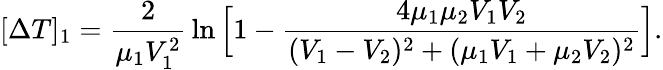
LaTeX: [\Delta T]_{1}={\frac{2}{\mu_{1}V_{1}^{2}}}\ln\Big[1-{\frac{4\mu_{1}\mu_{2}V_{1}V_{2}}{(V_{1}-V_{2})^{2}+(\mu_{1}V_{1}+\mu_{2}V_{2})^{2}}}\Big].